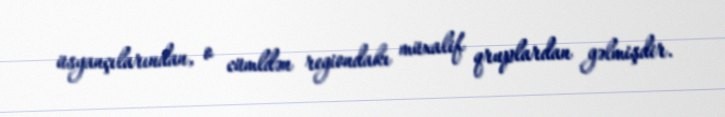
üsyançılarından, o cümldən regiondakı müxalif qruplardan gəlmişdir.